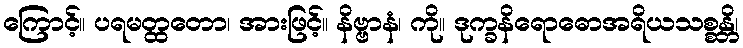
ကြောင့်။ ပရမတ္ထတော၊ အားဖြင့်။ နိဗ္ဗာနံ၊ ကို။ ဒုက္ခနိရောဓောအရိယသစ္စန္တိ၊